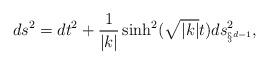
LaTeX: \begin{align*}ds^2 = dt^2 + \frac{1}{|k|}\sinh^2(\sqrt{|k|}t)ds^2_{\S^{d-1}},\end{align*}